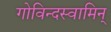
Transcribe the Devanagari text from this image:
गोविन्दस्वामिन्